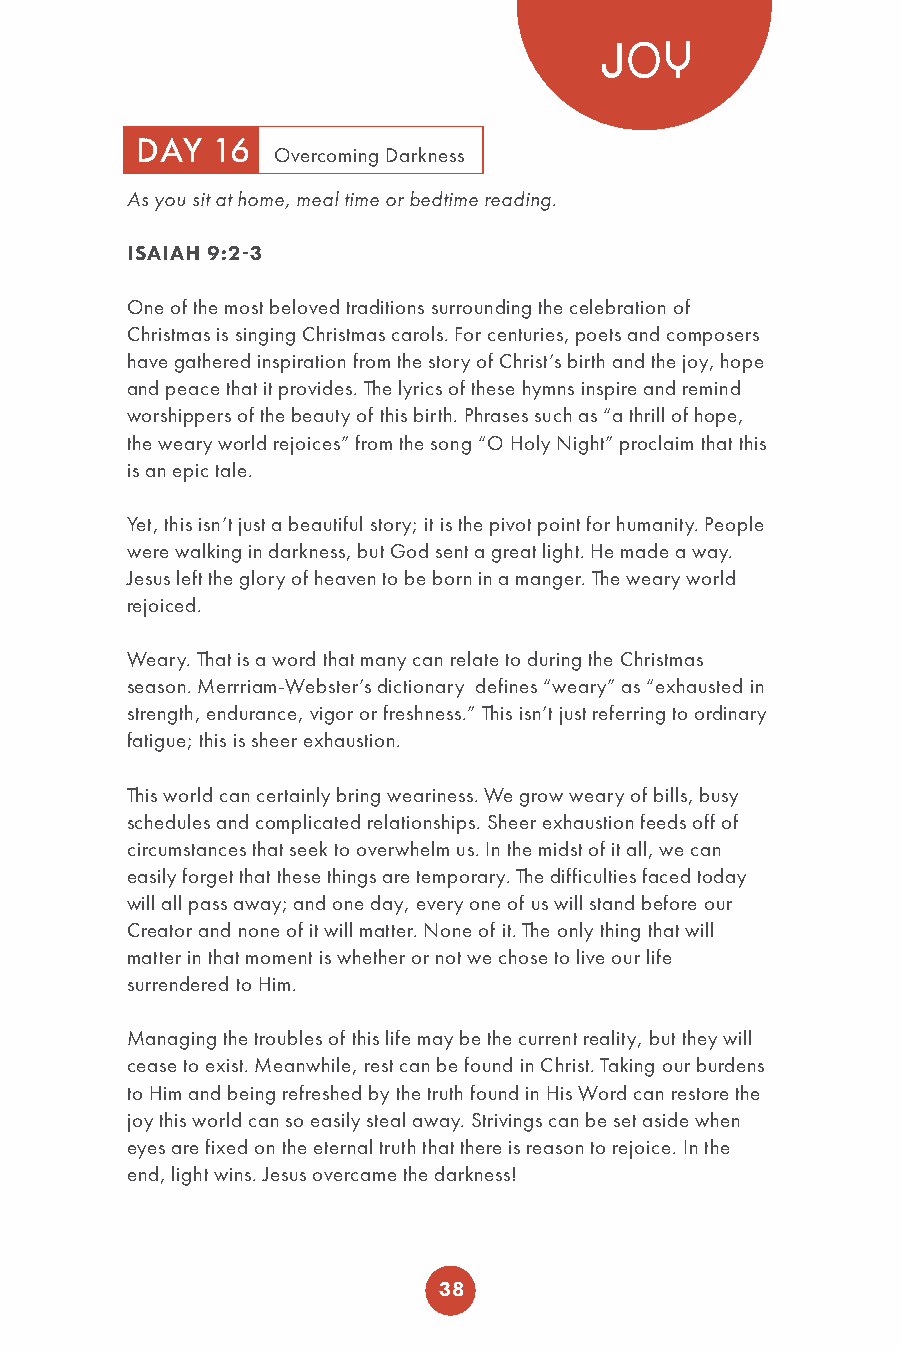
JOY
 DAY  16
 Overcoming Darkness
 As you sit at home, meal time or bedtime reading.
 ISAIAH 9:2-3
 One of the most beloved traditions surrounding the celebration of
 Christmas is singing Christmas carols. For centuries, poets and composers
 have gathered inspiration from the story of Christ’s birth and the joy, hope
 and peace that it provides. The lyrics of these hymns inspire and remind
 worshippers of the beauty of this birth. Phrases such as “a thrill of hope,
 the weary world rejoices” from the song “O Holy Night” proclaim that this
 is an epic tale.
 Yet, this isn’t just a beautiful story; it is the pivot point for humanity. People
 were walking in darkness, but God sent a great light. He made a way.
 Jesus left the glory of heaven to be born in a manger. The weary world
 rejoiced.
 Weary. That is a word that many can relate to during the Christmas
 season. Merrriam-Webster’s dictionary defines “weary” as “exhausted in
 strength, endurance, vigor or freshness.” This isn’t just referring to ordinary
 fatigue; this is sheer exhaustion.
 This world can certainly bring weariness. We grow weary of bills, busy
 schedules and complicated relationships. Sheer exhaustion feeds off of
 circumstances that seek to overwhelm us. In the midst of it all, we can
 easily forget that these things are temporary. The difficulties faced today
 will all pass away; and one day, every one of us will stand before our
 Creator and none of it will matter. None of it. The only thing that will
 matter in that moment is whether or not we chose to live our life
 surrendered to Him.
 Managing the troubles of this life may be the current reality, but they will
 cease to exist. Meanwhile, rest can be found in Christ. Taking our burdens
 to Him and being refreshed by the truth found in His Word can restore the
 joy this world can so easily steal away. Strivings can be set aside when
 eyes are fixed on the eternal truth that there is reason to rejoice. In the
 end, light wins. Jesus overcame the darkness!
 38